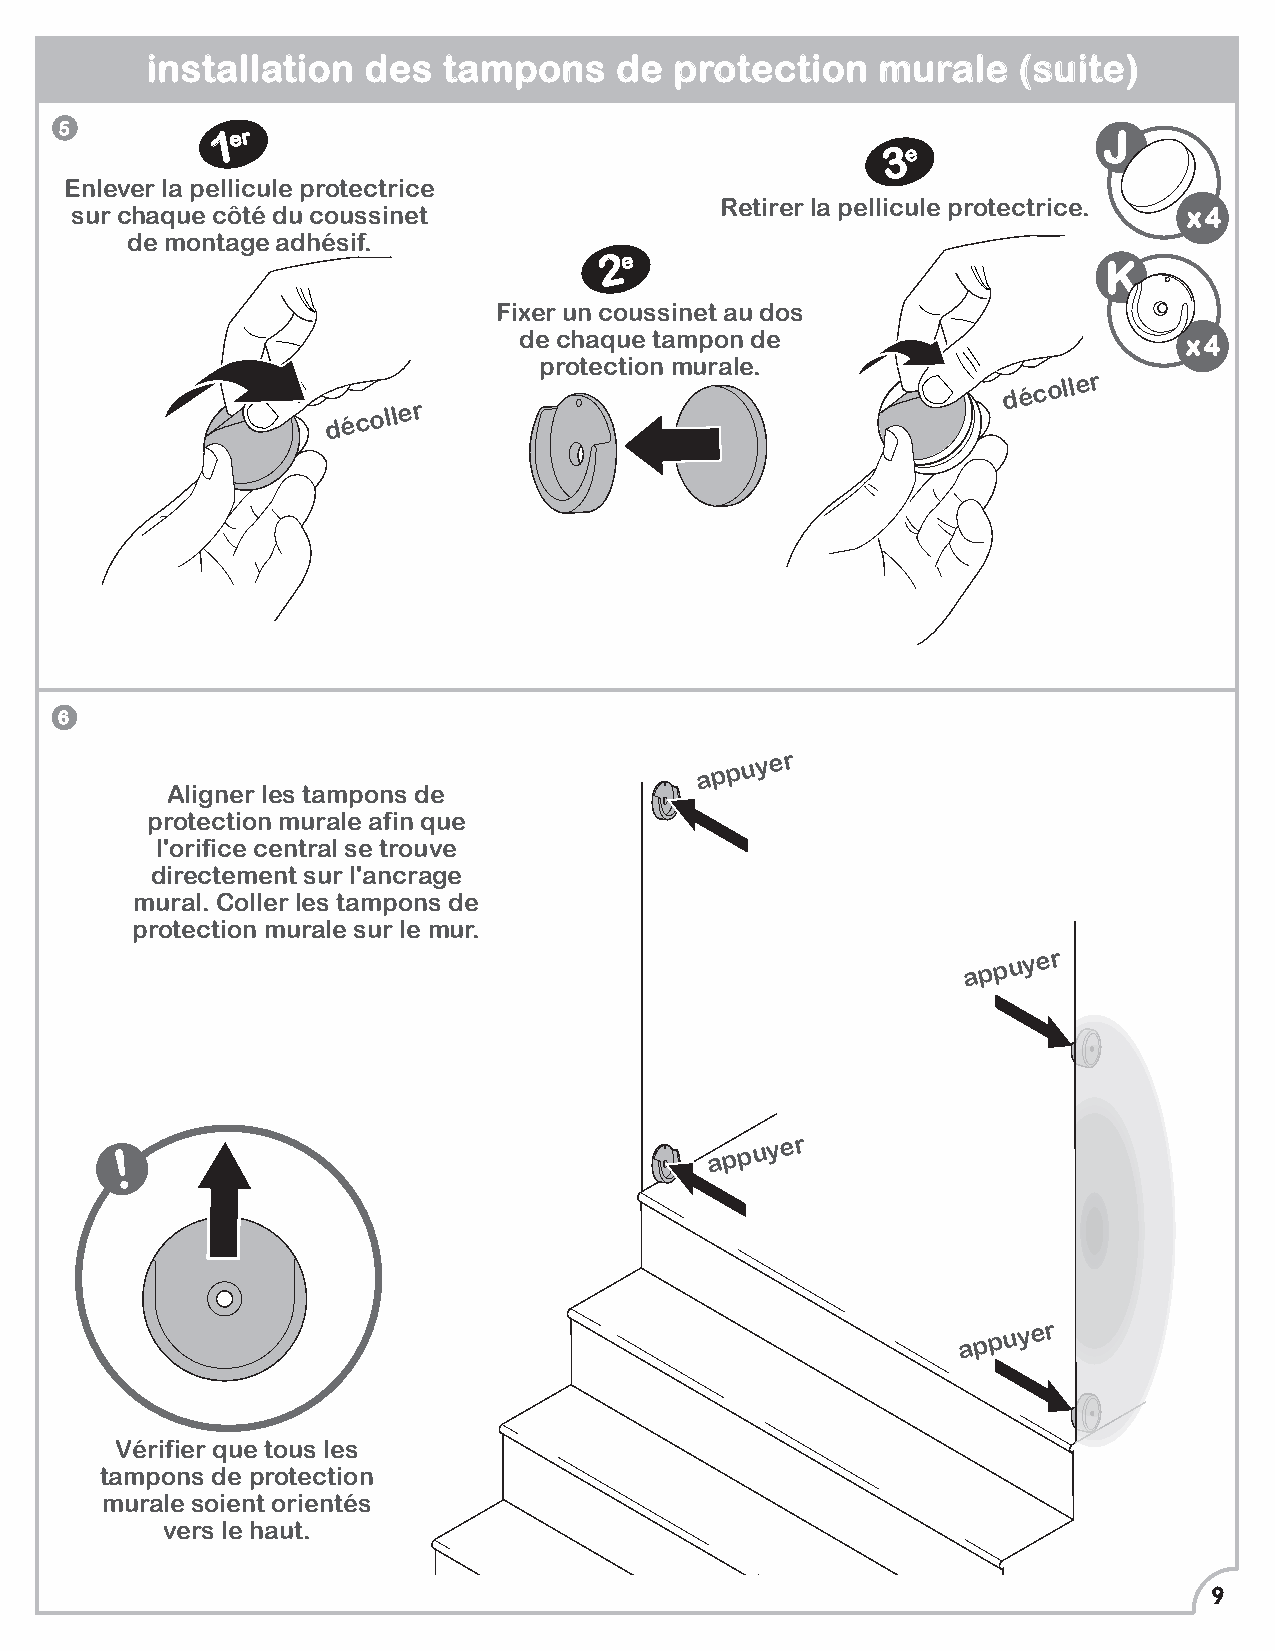
installation  des  tampons     de  protection   murale   (suite)
 5         1er                                                        LJ
 3e
 Enlever la pellicule protectrice
 Retirer la pellicule protectrice.
 sur chaque côté du coussinet                                              x4
 de montage adhésif.
 2e
 K
 Fixer un coussinet au dos
 de chaque tampon de                          x4
 protection murale.
 décoller
 décoller
 6
 appuyer
 Aligner les tampons de
 protection murale afin que
 l'orifice central se trouve
 directement sur l'ancrage
 mural. Coller les tampons de
 protection murale sur le mur.
 appuyer
 !
 appuyer
 appuyer
 Vérifier que tous les
 tampons de protection
 murale soient orientés
 vers le haut.
 9